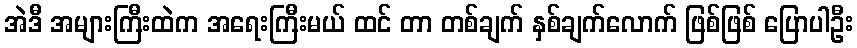
အဲဒီ အများကြီးထဲက အရေးကြီးမယ် ထင် တာ တစ်ချက် နှစ်ချက်လောက် ဖြစ်ဖြစ် ပြောပါဦး